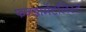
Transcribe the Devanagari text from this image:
फन्डामेंटलिस्ट